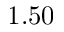
1 . 5 0